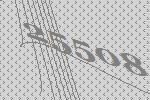
25508